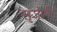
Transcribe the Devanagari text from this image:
सृजोनी